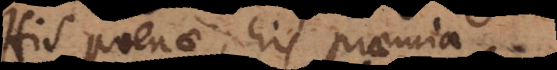
His poenae; his praemia